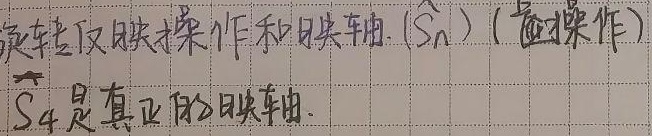
旋转反映操作和映轴（\(\hat{S}_n\)）（虚操作）
\(\hat{S}_4\)是真正的映轴。